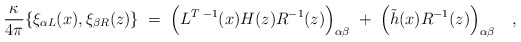
\begin{align*}{\kappa \over{ 4\pi}}\{\xi_{\alpha L}(x),\xi_{\beta R}(z)\}\;=\;\Bigl(L^{T\;-1}(x)H(z)R^{-1}(z)\Bigr)_{\alpha\beta} \; + \;\Bigl(\tilde h(x)R^{-1}(z)\Bigr)_{\alpha\beta}\quad,\end{align*}